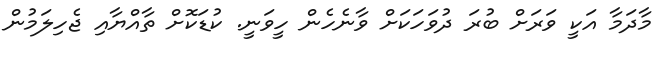
މާދަމާ އަކީ ވަރަށް ބުރަ ދުވަހަކަށް ވާނެހެން ހީވަނީ. ކުޑަކޮށް ތާއްޔާއި ޖެހިލަމުން